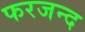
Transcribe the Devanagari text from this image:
फरजन्द